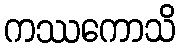
ကဿကောသိ